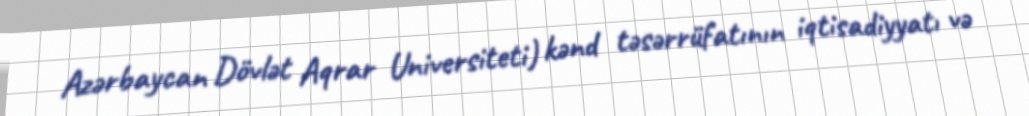
Azərbaycan Dövlət Aqrar Universiteti) kənd təsərrüfatının iqtisadiyyatı və